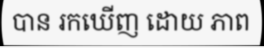
បាន រកឃើញ ដោយ ភាព